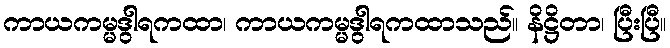
ကာယကမ္မဒွါရကထာ၊ ကာယကမ္မဒွါရကထာသည်။ နိဋ္ဌိတာ၊ ပြီးပြီ။